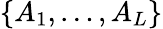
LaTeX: \{ A_{1},\ldots,A_{L}\}